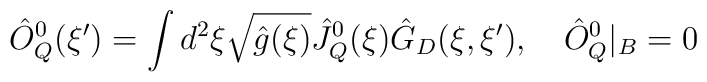
{\hat{O}_Q^0}(\xi')=\int{d^2}\xi\sqrt{\hat{g}(\xi)}{\hat{J}_Q^0}(\xi){\hat{G}_D}(\xi,\xi'),\quad{\hat{O}_Q^0}{|_{B}}=0